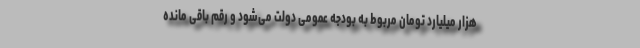
هزار میلیارد تومان مربوط به بودجه عمومی دولت می‌شود و رقم باقی مانده